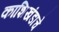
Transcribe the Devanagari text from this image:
काशिखंडाचे